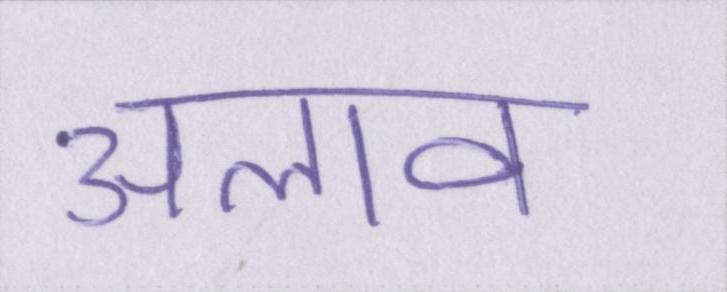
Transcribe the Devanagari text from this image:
अलाव